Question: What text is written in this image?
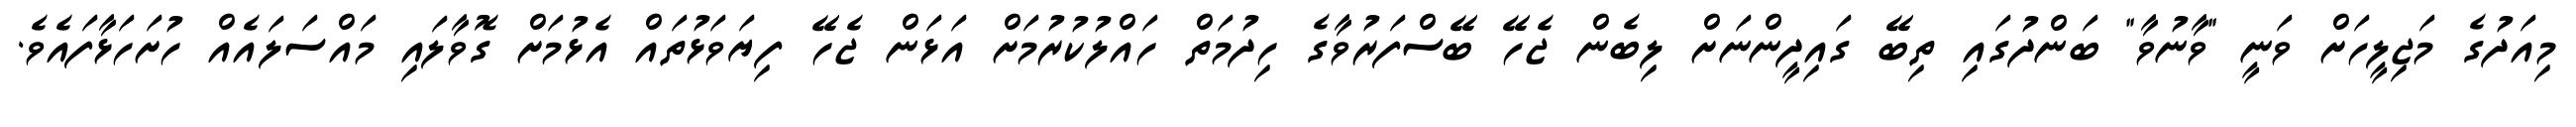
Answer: މިއަދުގެ މަޖިލީހަށް ވަނީ "ވާނުވާ" ބަންދުގައި ތިބޭ ގައިދީންނަށް ލިބެން ޖެހޭ ބޭސްފަރުވާގެ ހިދުމަތް ހައްލުކުރުމަށް އަޅަން ޖެހޭ ފިޔަވަޅުތައް އެޅުމަށް ގޮވާލައި މައްސަލައެއް ހުށަހަޅާފައެވެ.